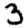
Digit: 3